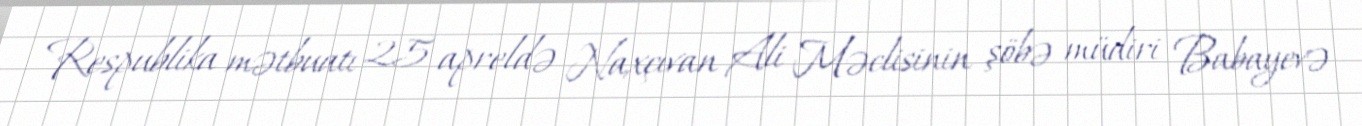
Respublika mətbuatı 25 apreldə Naxçıvan Ali Məclisinin şöbə müdiri Babayevə